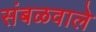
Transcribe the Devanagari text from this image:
संबळवाले